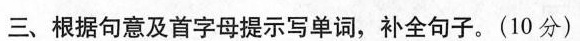
三、根据句意及首字母提示写单词,补全句子。(10 分)